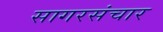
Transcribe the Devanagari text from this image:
सागरसंचार